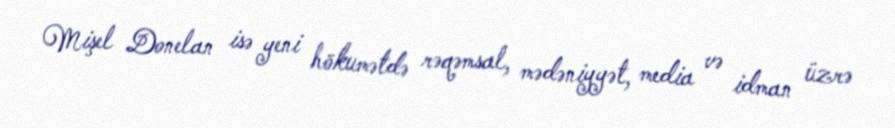
Mişel Donelan isə yeni hökumətdə rəqəmsal, mədəniyyət, media və idman üzrə